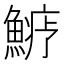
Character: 𩺋